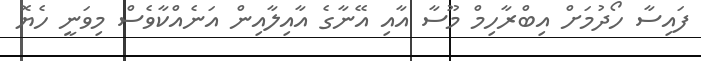
ފައިސާ ހޯދުމަށް އިބްރާހިމް މޫސާ އާއި އޭނާގެ އާއިލާއިން އަނެއްކާވެސް މިވަނީ ހެޔޮ